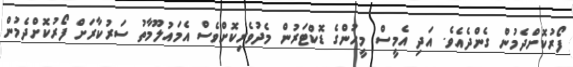
ފޯރުކޮށްދެމުން ގެންދެއެވެ. އަދި އެމީސް މީހުންގެ ޑޮކްޓަރުން މެދުވެރިކޮށްވެސް އެމައުލޫމާތު ސަރުކާރަށް ފޯރުކޮށްދެމުން